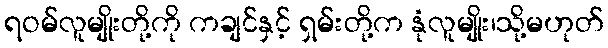
ရဝမ်လူမျိုးတို့ကို ကချင်နှင့် ရှမ်းတို့က နုံလူမျိုး၊သို့မဟုတ်